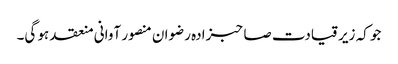
جو کہ زیر قیادت صاحبزادہ رضوان منصور آوانی منعقد ہو گی۔